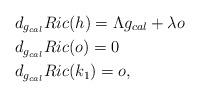
LaTeX: \begin{align*}&d_{g_{cal}}Ric(h)=\Lambda g_{cal}+\lambda o \\&d_{g_{cal}}Ric(o)=0\\&d_{g_{cal}}Ric(k_{1})=o,\end{align*}